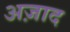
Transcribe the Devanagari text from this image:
अज़ाद